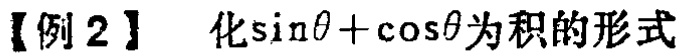
【例 2】 化\(\sin\theta+\cos\theta\)为积的形式